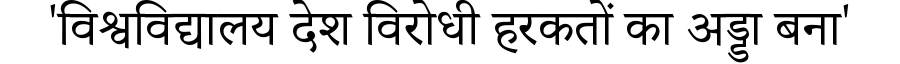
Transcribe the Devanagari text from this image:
'विश्वविद्यालय देश विरोधी हरकतों का अड्डा बना'